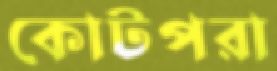
কোটপরা